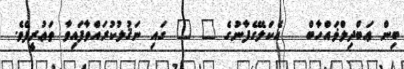
ބިން ޢަބްދިލްޥައްހާބް   އެކަލޭގެފާނުގެ " " ގައި ނަޤުލުކުރައްވާފައިވާ ތަޢުރީފެވެ.